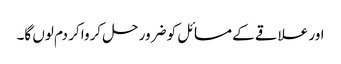
اور علاقے کے مسائل کو ضرور حل کروا کر دم لوں گا۔